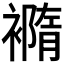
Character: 𧝍